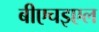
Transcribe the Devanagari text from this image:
बीएचइएल